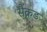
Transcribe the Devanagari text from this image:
सैक्रड